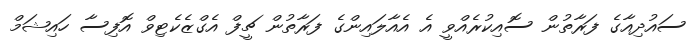
ސައުދިއާގެ ފަރާތުން ސޮއިކުރެއްވީ އެ އެއާލައިންގެ ފަރާތުން ޗީފް އެގްޒެކެޓިވް އޮފިސާ ހައިޝަމް